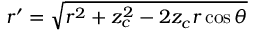
r ^ { \prime } = \sqrt { r ^ { 2 } + z _ { c } ^ { 2 } - 2 z _ { c } r \cos \theta }